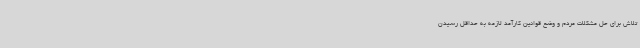
تلاش برای حل مشکلات مردم و وضع قوانین کارآمد لازمه به حداقل رسیدن